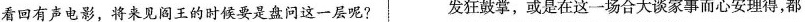
看回有声电影，将来见阎王的时候要是盘问这一层呢? 发狂鼓掌，或是在这一场合大谈家事而心安理得，都